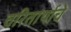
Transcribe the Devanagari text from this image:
चरितार्थाचे